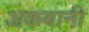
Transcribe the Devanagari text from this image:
अकबानी